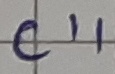
Text: C11